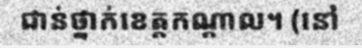
ជាន់ថ្នាក់ខេត្តកណ្តាល។ (នៅ